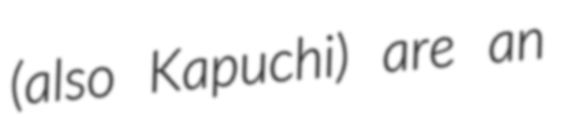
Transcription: (also Kapuchi) are an